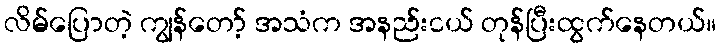
လိမ်ပြောတဲ့ ကျွန်တော့် အသံက အနည်းငယ် တုန်ပြီးထွက်နေတယ်။